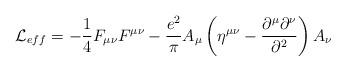
LaTeX: \begin{align*}{\cal L}_{eff} = -{1\over 4} F_{\mu\nu} F^{\mu\nu} - {e^{2}\over \pi}A_{\mu}\left(\eta^{\mu\nu} - {\partial^{\mu}\partial^{\nu}\over \partial^{2}}\right)A_{\nu} \end{align*}